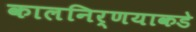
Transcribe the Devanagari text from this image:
कालनिर्णयाकडे